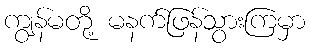
ကျွန်မတို့ မနက်ဖြန်သွားကြမှာ